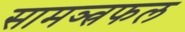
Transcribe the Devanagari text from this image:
सामञ्त्रफल